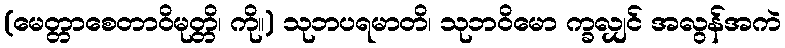
(မေတ္တာစေတာဝိမုတ္တိ၊ ကို။) သုဘပရမာတိ၊ သုဘဝိမော က္ခလျှင် အလွန်အကဲ